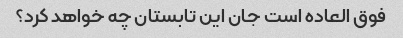
فوق العاده است جان این تابستان چه خواهد کرد؟